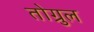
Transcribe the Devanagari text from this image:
तोग्रुल